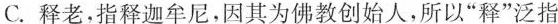
C.释老，指释迦牟尼。因其为佛教创始人，所以”释”泛指